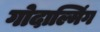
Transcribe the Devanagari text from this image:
गोदाल्मिंग